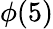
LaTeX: \phi(5)